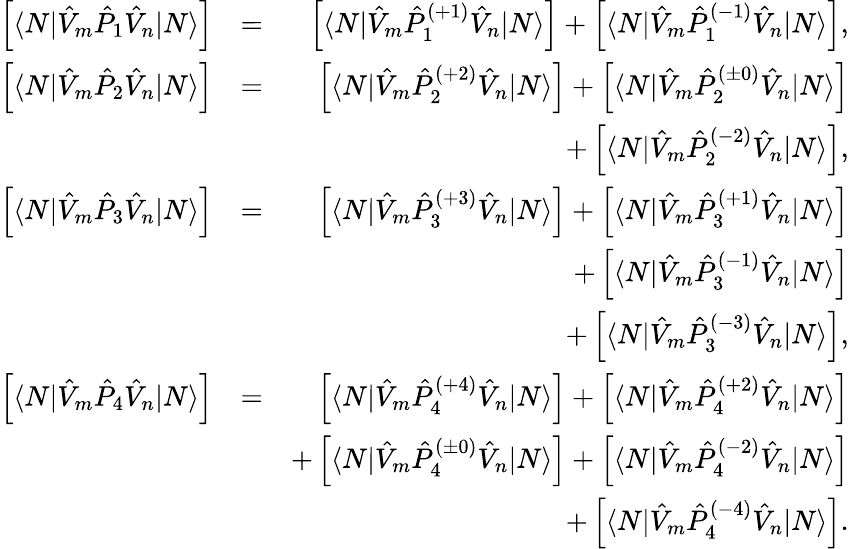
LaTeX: \begin{array}{rlr}{\left[\langle N|\hat{V}_{m}\hat{P}_{1}\hat{V}_{n}|N\rangle\right]}&{=}&{\left[\langle N|\hat{V}_{m}\hat{P}_{1}^{(+1)}\hat{V}_{n}|N\rangle\right]+\left[\langle N|\hat{V}_{m}\hat{P}_{1}^{(-1)}\hat{V}_{n}|N\rangle\right],}\\ {\left[\langle N|\hat{V}_{m}\hat{P}_{2}\hat{V}_{n}|N\rangle\right]}&{=}&{\left[\langle N|\hat{V}_{m}\hat{P}_{2}^{(+2)}\hat{V}_{n}|N\rangle\right]+\left[\langle N|\hat{V}_{m}\hat{P}_{2}^{(\pm 0)}\hat{V}_{n}|N\rangle\right]}\\ &{}&{+\left[\langle N|\hat{V}_{m}\hat{P}_{2}^{(-2)}\hat{V}_{n}|N\rangle\right],}\\ {\left[\langle N|\hat{V}_{m}\hat{P}_{3}\hat{V}_{n}|N\rangle\right]}&{=}&{\left[\langle N|\hat{V}_{m}\hat{P}_{3}^{(+3)}\hat{V}_{n}|N\rangle\right]+\left[\langle N|\hat{V}_{m}\hat{P}_{3}^{(+1)}\hat{V}_{n}|N\rangle\right]}\\ &{}&{+\left[\langle N|\hat{V}_{m}\hat{P}_{3}^{(-1)}\hat{V}_{n}|N\rangle\right]}\\ &{}&{+\left[\langle N|\hat{V}_{m}\hat{P}_{3}^{(-3)}\hat{V}_{n}|N\rangle\right],}\\ {\left[\langle N|\hat{V}_{m}\hat{P}_{4}\hat{V}_{n}|N\rangle\right]}&{=}&{\left[\langle N|\hat{V}_{m}\hat{P}_{4}^{(+4)}\hat{V}_{n}|N\rangle\right]+\left[\langle N|\hat{V}_{m}\hat{P}_{4}^{(+2)}\hat{V}_{n}|N\rangle\right]}\\ &{}&{+\left[\langle N|\hat{V}_{m}\hat{P}_{4}^{(\pm 0)}\hat{V}_{n}|N\rangle\right]+\left[\langle N|\hat{V}_{m}\hat{P}_{4}^{(-2)}\hat{V}_{n}|N\rangle\right]}\\ &{}&{+\left[\langle N|\hat{V}_{m}\hat{P}_{4}^{(-4)}\hat{V}_{n}|N\rangle\right].}\end{array}